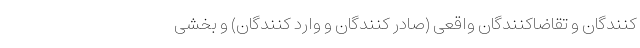
کنندگان و تقاضاکنندگان واقعی (صادر کنندگان و وارد کنندگان) و بخشی